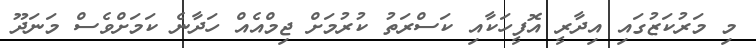
މި މަރުކަޒުގައި އިދާރީ އޮފީހަކާއި ކަސްރަތު ކުރުމަށް ޖިމްއެއް ހަދާނެ ކަމަށްވެސް މަނަދޫ